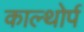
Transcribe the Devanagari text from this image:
काल्थोर्प